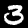
Label: 3